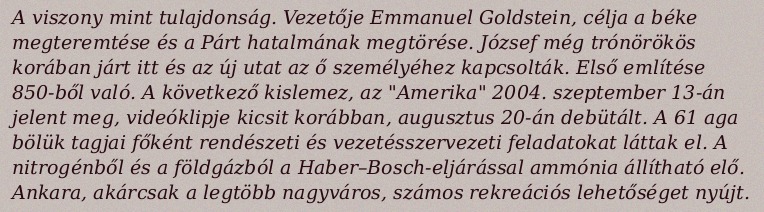
A viszony mint tulajdonság. Vezetője Emmanuel Goldstein, célja a béke megteremtése és a Párt hatalmának megtörése. József még trónörökös korában járt itt és az új utat az ő személyéhez kapcsolták. Első említése 850-ből való. A következő kislemez, az "Amerika" 2004. szeptember 13-án jelent meg, videóklipje kicsit korábban, augusztus 20-án debütált. A 61 aga bölük tagjai főként rendészeti és vezetésszervezeti feladatokat láttak el. A nitrogénből és a földgázból a Haber–Bosch-eljárással ammónia állítható elő. Ankara, akárcsak a legtöbb nagyváros, számos rekreációs lehetőséget nyújt.